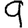
Digit: 9